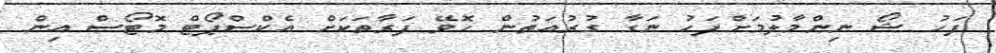
ފަހު ޝޯ ނިންމާލުމަށްފަހު ނަގާ ގުރުއަތުން ހޮވޭ ފަރާތަކަށް އެކްސްޕޯޓް މޮޓޯސް އިން